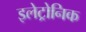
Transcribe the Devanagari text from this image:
इलेट्रोनिक